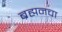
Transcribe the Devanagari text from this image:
ब्रह्मनचा